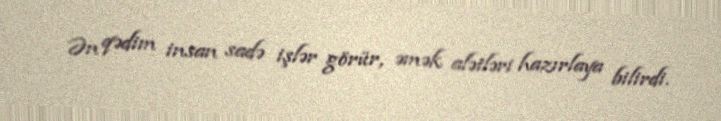
Ən qədim insan sadə işlər görür, əmək alətləri hazırlaya bilirdi.